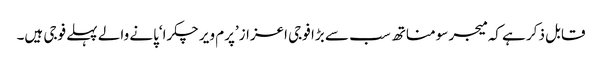
قابل ذکر ہے کہ میجر سومناتھ سب سے بڑا فوجی اعزاز’پرم ویر چکرا‘پانے والے پہلے فوجی ہیں۔